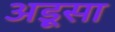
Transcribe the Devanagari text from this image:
अड़ूसा